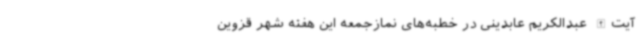
آیت‌الله عبدالکریم عابدینی در خطبه‌های نمازجمعه این هفته شهر قزوین